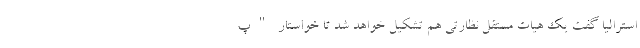
استرالیا گفت یک هیات مستقل نظارتی هم تشکیل خواهد شد تا خواستار "پ